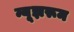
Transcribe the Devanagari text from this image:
न्यूझरूम